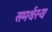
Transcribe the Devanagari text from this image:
समर्थस्य